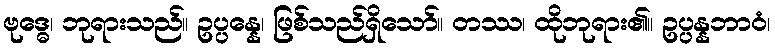
ဗုဒ္ဓေ၊ ဘုရားသည်။ ဥပ္ပန္နေ၊ ဖြစ်သည်ရှိသော်။ တဿ၊ ထိုဘုရား၏။ ဥပ္ပန္နဘာဝံ၊